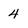
Character: 4